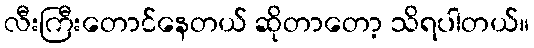
လီးကြီးတောင်နေတယ် ဆိုတာတော့ သိရပါတယ်။